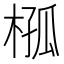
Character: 𣔞